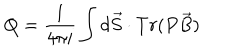
LaTeX: Q = \frac { 1 } { 4 \pi i } \int d \vec { S } \cdot T r ( P \vec { B } )